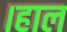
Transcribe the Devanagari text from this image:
।हाल